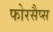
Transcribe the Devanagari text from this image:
फोरसैप्स